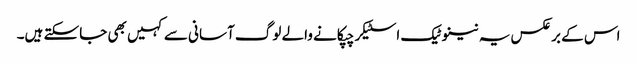
اس کے برعکس یہ نینوٹیک اسٹیکر چپکانے والے لوگ آسانی سے کہیں بھی جاسکتے ہیں۔